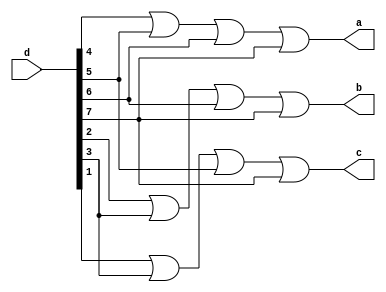
`timescale 1ns / 1ps
//////////////////////////////////////////////////////////////////////////////////
// Company: 
// 
// Design Name: 
// Module Name: encoder_8x3
// Project Name: 
// Target Devices: 
// Tool Versions: 
// Description: 
// 
// Dependencies: 
// 
// Revision:
// Revision 0.01 - File Created
// Additional Comments:
// 
//////////////////////////////////////////////////////////////////////////////////


module encoder_8x3(input [7:0]d,
                   output a,
                   output b,
                   output c
                   );
    assign a = d[4] | d[5] | d[6] | d[7];
    assign b = d[2] | d[3] | d[6] | d[7];
    assign c = d[1] | d[3] | d[5] | d[7];
                      
endmodule